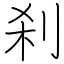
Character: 刹